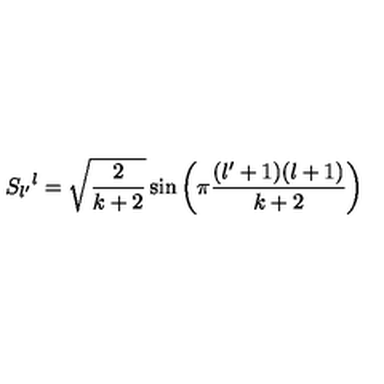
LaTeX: S _ { l ^ { \prime } } { } ^ { l } = \sqrt { { \frac { 2 } { k + 2 } } } \sin \left( \pi { \frac { ( l ^ { \prime } + 1 ) ( l + 1 ) } { k + 2 } } \right)